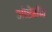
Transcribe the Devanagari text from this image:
ओप्टेरॉन